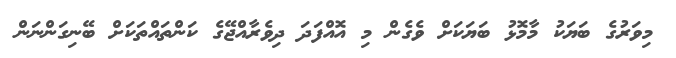
މިވަރުގެ ބަޔަކު މާމޮޅު ބަޔަކަށް ވެގެން މި އޮއްފަދަ ދިވެރާއްޖޭގެ ކަންތައްތަކަށް ބޭނިގަންނަން